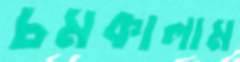
চমকালাম